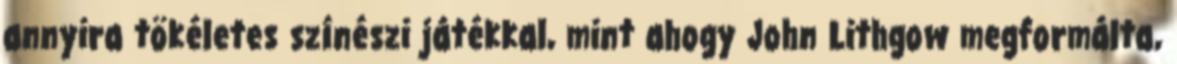
annyira tökéletes színészi játékkal, mint ahogy John Lithgow megformálta,